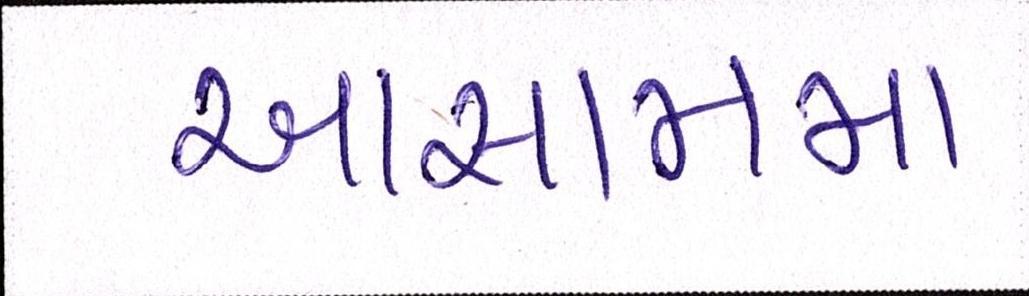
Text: આસામમા